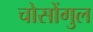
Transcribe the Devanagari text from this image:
चोसोंगुल